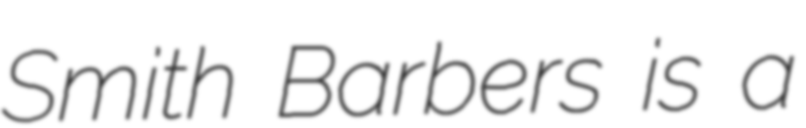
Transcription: Smith Barbers is a